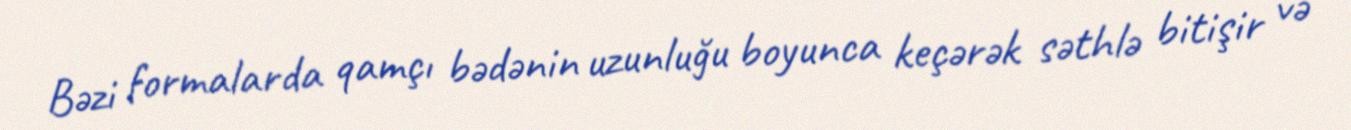
Bəzi formalarda qamçı bədənin uzunluğu boyunca keçərək səthlə bitişir və